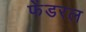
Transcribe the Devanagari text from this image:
फेंडरल